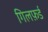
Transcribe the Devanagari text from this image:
गिलफ़र्ड